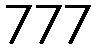
777